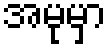
အမုမှာ